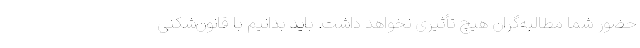
حضور شما مطالبه‌گران هیچ تأثیری نخواهد داشت. باید بدانیم با قانون‌شکنی